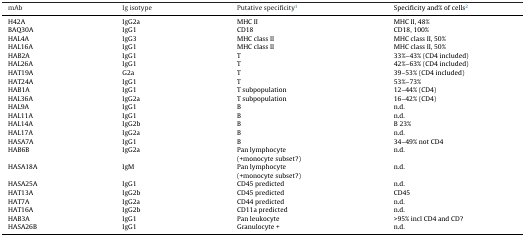
| mAb | Ig isotype | Putative specificity1 | Specificity and% of cells2 |
 | --- | --- | --- | --- |
 | H42A | IgG2a | MHC II | MHC II, 48% |
 | BAQ30A | IgG1 | CD18 | CD18, 100% |
 | HAL4A | IgG3 | MHC class II | MHC class II, 50% |
 | HAL16A | IgG1 | MHC class II | MHC class II, 50% |
 | HAB2A | IgG1 | T | 33%–43% (CD4 included) |
 | HAL26A | IgG1 | T | 42%–63% (CD4 included) |
 | HAT19A | G2a | T | 39–53% (CD4 included) |
 | HAT24A | IgG1 | T | 53%–73% |
 | HAB1A | IgG1 | T subpopulation | 12–44% (CD4) |
 | HAL36A | IgG2a | T subpopulation | 16–42% (CD4) |
 | HAL9A | IgG1 | B | n.d. |
 | HAL11A | IgG1 | B | n.d. |
 | HAL14A | IgG2b | B | B 23% |
 | HAL17A | IgG2a | B | n.d. |
 | HASA7A | IgG1 | B | 34–49% not CD4 |
 | HAB6B | IgG2a | Pan lymphocyte(+monocyte subset?) | n.d. |
 | HASA18A | IgM | Pan lymphocyte(+monocyte subset?) | n.d. |
 | HASA25A | IgG1 | CD45 predicted | n.d. |
 | HAT13A | IgG2b | CD45 predicted | CD45 |
 | HAT7A | IgG2a | CD44 predicted | n.d. |
 | HAT16A | IgG2b | CD11a predicted | n.d. |
 | HAB3A | IgG1 | Pan leukocyte | >95% incl CD4 and CD? |
 | HASA26B | IgG1 | Granulocyte + | n.d. |